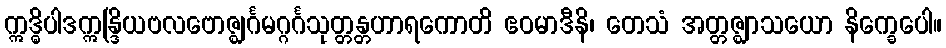
ဣဒ္ဓိပါဒဣန္ဒြိယဗလဗောဇ္ဈင်္ဂမဂ္ဂင်္ဂသုတ္တန္တဟာရကောတိ ဧဝမာဒီနိ၊ တေသံ အတ္တဇ္ဈာသယော နိက္ခေပေါ။